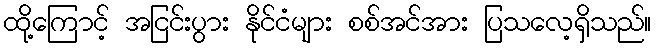
ထို့ကြောင့် အငြင်းပွား နိုင်ငံများ စစ်အင်အား ပြသလေ့ရှိသည်။